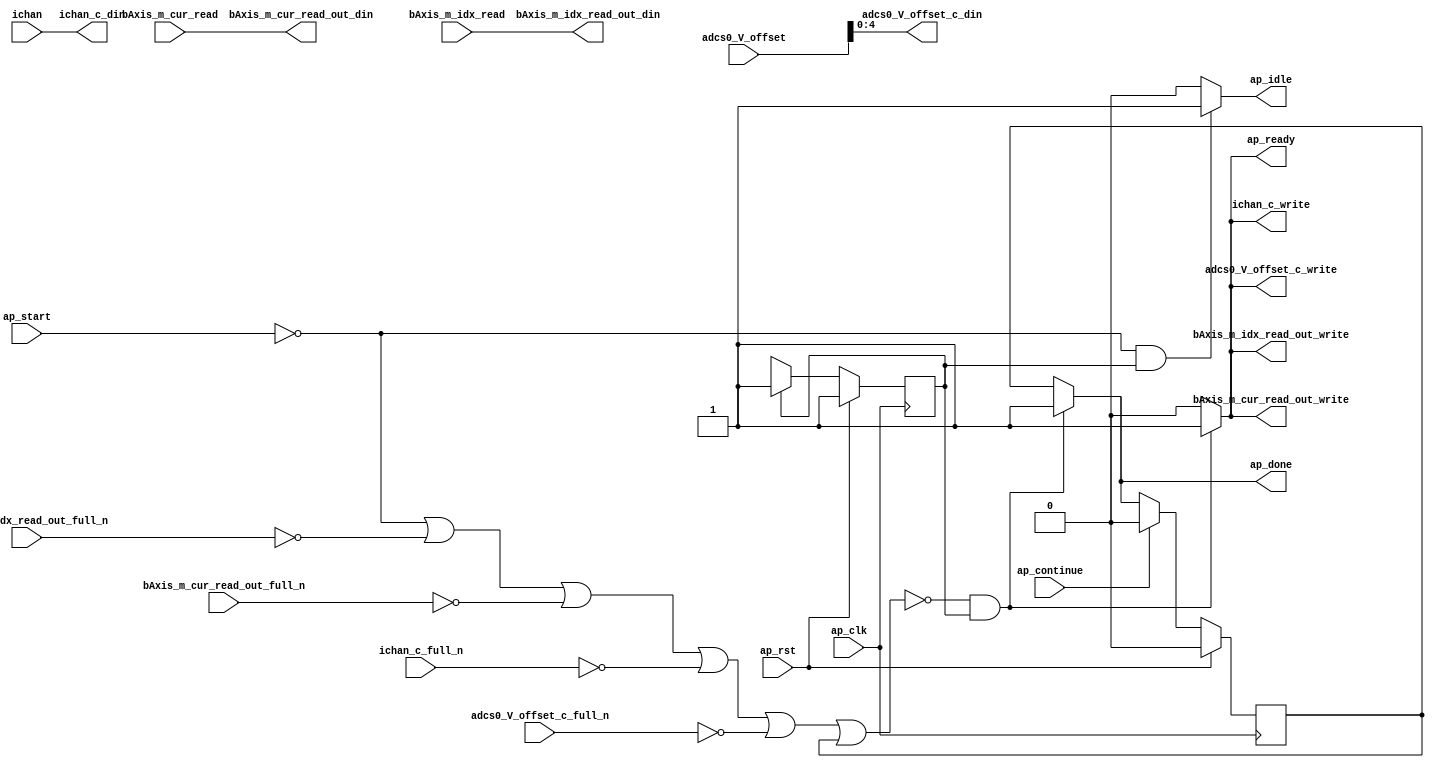
// ==============================================================
// RTL generated by Vivado(TM) HLS - High-Level Synthesis from C, C++ and SystemC
// Version: 2018.1
// Copyright (C) 1986-2018 Xilinx, Inc. All Rights Reserved.
// 
// ===========================================================

`timescale 1 ns / 1 ps 

module write_adcs4_entry217 (
        ap_clk,
        ap_rst,
        ap_start,
        ap_done,
        ap_continue,
        ap_idle,
        ap_ready,
        adcs0_V_offset,
        ichan,
        adcs0_V_offset_c_din,
        adcs0_V_offset_c_full_n,
        adcs0_V_offset_c_write,
        ichan_c_din,
        ichan_c_full_n,
        ichan_c_write,
        bAxis_m_cur_read,
        bAxis_m_idx_read,
        bAxis_m_cur_read_out_din,
        bAxis_m_cur_read_out_full_n,
        bAxis_m_cur_read_out_write,
        bAxis_m_idx_read_out_din,
        bAxis_m_idx_read_out_full_n,
        bAxis_m_idx_read_out_write
);

parameter    ap_ST_fsm_state1 = 1'd1;

input   ap_clk;
input   ap_rst;
input   ap_start;
output   ap_done;
input   ap_continue;
output   ap_idle;
output   ap_ready;
input  [5:0] adcs0_V_offset;
input  [6:0] ichan;
output  [4:0] adcs0_V_offset_c_din;
input   adcs0_V_offset_c_full_n;
output   adcs0_V_offset_c_write;
output  [6:0] ichan_c_din;
input   ichan_c_full_n;
output   ichan_c_write;
input  [63:0] bAxis_m_cur_read;
input  [31:0] bAxis_m_idx_read;
output  [63:0] bAxis_m_cur_read_out_din;
input   bAxis_m_cur_read_out_full_n;
output   bAxis_m_cur_read_out_write;
output  [31:0] bAxis_m_idx_read_out_din;
input   bAxis_m_idx_read_out_full_n;
output   bAxis_m_idx_read_out_write;

reg ap_done;
reg ap_idle;
reg ap_ready;
reg adcs0_V_offset_c_write;
reg ichan_c_write;
reg bAxis_m_cur_read_out_write;
reg bAxis_m_idx_read_out_write;

reg    ap_done_reg;
(* fsm_encoding = "none" *) reg   [0:0] ap_CS_fsm;
wire    ap_CS_fsm_state1;
reg    adcs0_V_offset_c_blk_n;
reg    ichan_c_blk_n;
reg    bAxis_m_cur_read_out_blk_n;
reg    bAxis_m_idx_read_out_blk_n;
reg    ap_block_state1;
reg   [0:0] ap_NS_fsm;

// power-on initialization
initial begin
#0 ap_done_reg = 1'b0;
#0 ap_CS_fsm = 1'd1;
end

always @ (posedge ap_clk) begin
    if (ap_rst == 1'b1) begin
        ap_CS_fsm <= ap_ST_fsm_state1;
    end else begin
        ap_CS_fsm <= ap_NS_fsm;
    end
end

always @ (posedge ap_clk) begin
    if (ap_rst == 1'b1) begin
        ap_done_reg <= 1'b0;
    end else begin
        if ((ap_continue == 1'b1)) begin
            ap_done_reg <= 1'b0;
        end else if ((~((ap_start == 1'b0) | (bAxis_m_idx_read_out_full_n == 1'b0) | (bAxis_m_cur_read_out_full_n == 1'b0) | (ichan_c_full_n == 1'b0) | (1'b0 == adcs0_V_offset_c_full_n) | (ap_done_reg == 1'b1)) & (1'b1 == ap_CS_fsm_state1))) begin
            ap_done_reg <= 1'b1;
        end
    end
end

always @ (*) begin
    if ((1'b1 == ap_CS_fsm_state1)) begin
        adcs0_V_offset_c_blk_n = adcs0_V_offset_c_full_n;
    end else begin
        adcs0_V_offset_c_blk_n = 1'b1;
    end
end

always @ (*) begin
    if ((~((ap_start == 1'b0) | (bAxis_m_idx_read_out_full_n == 1'b0) | (bAxis_m_cur_read_out_full_n == 1'b0) | (ichan_c_full_n == 1'b0) | (1'b0 == adcs0_V_offset_c_full_n) | (ap_done_reg == 1'b1)) & (1'b1 == ap_CS_fsm_state1))) begin
        adcs0_V_offset_c_write = 1'b1;
    end else begin
        adcs0_V_offset_c_write = 1'b0;
    end
end

always @ (*) begin
    if ((~((ap_start == 1'b0) | (bAxis_m_idx_read_out_full_n == 1'b0) | (bAxis_m_cur_read_out_full_n == 1'b0) | (ichan_c_full_n == 1'b0) | (1'b0 == adcs0_V_offset_c_full_n) | (ap_done_reg == 1'b1)) & (1'b1 == ap_CS_fsm_state1))) begin
        ap_done = 1'b1;
    end else begin
        ap_done = ap_done_reg;
    end
end

always @ (*) begin
    if (((ap_start == 1'b0) & (1'b1 == ap_CS_fsm_state1))) begin
        ap_idle = 1'b1;
    end else begin
        ap_idle = 1'b0;
    end
end

always @ (*) begin
    if ((~((ap_start == 1'b0) | (bAxis_m_idx_read_out_full_n == 1'b0) | (bAxis_m_cur_read_out_full_n == 1'b0) | (ichan_c_full_n == 1'b0) | (1'b0 == adcs0_V_offset_c_full_n) | (ap_done_reg == 1'b1)) & (1'b1 == ap_CS_fsm_state1))) begin
        ap_ready = 1'b1;
    end else begin
        ap_ready = 1'b0;
    end
end

always @ (*) begin
    if ((1'b1 == ap_CS_fsm_state1)) begin
        bAxis_m_cur_read_out_blk_n = bAxis_m_cur_read_out_full_n;
    end else begin
        bAxis_m_cur_read_out_blk_n = 1'b1;
    end
end

always @ (*) begin
    if ((~((ap_start == 1'b0) | (bAxis_m_idx_read_out_full_n == 1'b0) | (bAxis_m_cur_read_out_full_n == 1'b0) | (ichan_c_full_n == 1'b0) | (1'b0 == adcs0_V_offset_c_full_n) | (ap_done_reg == 1'b1)) & (1'b1 == ap_CS_fsm_state1))) begin
        bAxis_m_cur_read_out_write = 1'b1;
    end else begin
        bAxis_m_cur_read_out_write = 1'b0;
    end
end

always @ (*) begin
    if ((1'b1 == ap_CS_fsm_state1)) begin
        bAxis_m_idx_read_out_blk_n = bAxis_m_idx_read_out_full_n;
    end else begin
        bAxis_m_idx_read_out_blk_n = 1'b1;
    end
end

always @ (*) begin
    if ((~((ap_start == 1'b0) | (bAxis_m_idx_read_out_full_n == 1'b0) | (bAxis_m_cur_read_out_full_n == 1'b0) | (ichan_c_full_n == 1'b0) | (1'b0 == adcs0_V_offset_c_full_n) | (ap_done_reg == 1'b1)) & (1'b1 == ap_CS_fsm_state1))) begin
        bAxis_m_idx_read_out_write = 1'b1;
    end else begin
        bAxis_m_idx_read_out_write = 1'b0;
    end
end

always @ (*) begin
    if ((1'b1 == ap_CS_fsm_state1)) begin
        ichan_c_blk_n = ichan_c_full_n;
    end else begin
        ichan_c_blk_n = 1'b1;
    end
end

always @ (*) begin
    if ((~((ap_start == 1'b0) | (bAxis_m_idx_read_out_full_n == 1'b0) | (bAxis_m_cur_read_out_full_n == 1'b0) | (ichan_c_full_n == 1'b0) | (1'b0 == adcs0_V_offset_c_full_n) | (ap_done_reg == 1'b1)) & (1'b1 == ap_CS_fsm_state1))) begin
        ichan_c_write = 1'b1;
    end else begin
        ichan_c_write = 1'b0;
    end
end

always @ (*) begin
    case (ap_CS_fsm)
        ap_ST_fsm_state1 : begin
            ap_NS_fsm = ap_ST_fsm_state1;
        end
        default : begin
            ap_NS_fsm = 'bx;
        end
    endcase
end

assign adcs0_V_offset_c_din = adcs0_V_offset[4:0];

assign ap_CS_fsm_state1 = ap_CS_fsm[32'd0];

always @ (*) begin
    ap_block_state1 = ((ap_start == 1'b0) | (bAxis_m_idx_read_out_full_n == 1'b0) | (bAxis_m_cur_read_out_full_n == 1'b0) | (ichan_c_full_n == 1'b0) | (1'b0 == adcs0_V_offset_c_full_n) | (ap_done_reg == 1'b1));
end

assign bAxis_m_cur_read_out_din = bAxis_m_cur_read;

assign bAxis_m_idx_read_out_din = bAxis_m_idx_read;

assign ichan_c_din = ichan;

endmodule //write_adcs4_entry217